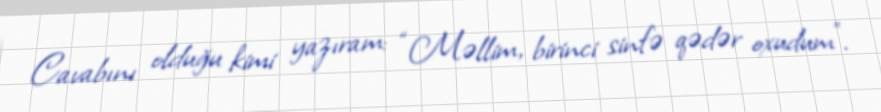
Cavabını olduğu kimi yazıram: “Məllim, birinci sinfə qədər oxudum”.